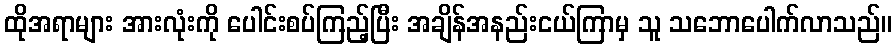
ထိုအရာများ အားလုံးကို ပေါင်းစပ်ကြည့်ပြီး အချိန်အနည်းငယ်ကြာမှ သူ သဘောပေါက်လာသည်။